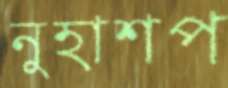
নুহাশপ